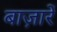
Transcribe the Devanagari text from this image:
बाज़ारें